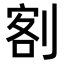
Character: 𭃺